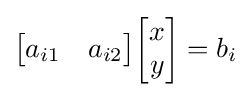
{\begin{bmatrix}a_{i1}&a_{i2}\end{bmatrix}}{\begin{bmatrix}x\\y\end{bmatrix}}=b_{i}